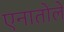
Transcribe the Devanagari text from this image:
एनातोले